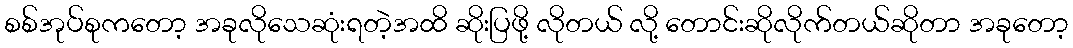
စစ်အုပ်စုကတော့ အခုလိုသေဆုံးရတဲ့အထိ ဆိုးပြဖို့ လိုတယ် လို့ တောင်းဆိုလိုက်တယ်ဆိုတာ အခုတော့